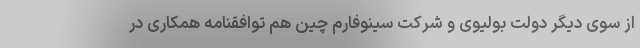
از سوی دیگر دولت بولیوی و شرکت سینوفارم چین هم توافقنامه همکاری در